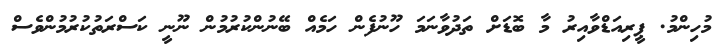
މުހިންމު. ޕީރިއަޑްވާއިރު މާ ބޮޑަށް ތަދުވާނަމަ ހޫނުފެން ހަމެއް ބޭނުންކުރުމުން ނޫނީ ކަސްރަތުކުރުމުންވެސް